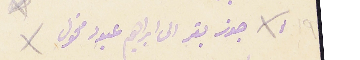
١٩ جوز بقر الى ابراهيم عبود مخول